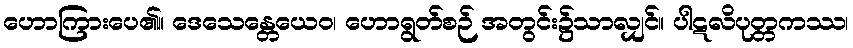
ဟောကြားပေ၏။ ဒေသေန္တေယေဝ၊ ဟောရွတ်စဉ် အတွင်း၌သာလျှင်။ ပါဋလိပုတ္တကဿ၊